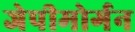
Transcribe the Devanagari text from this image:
जेपीमोर्गन